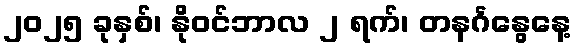
၂၀၂၅ ခုနှစ်၊ နိုဝင်ဘာလ ၂ ရက်၊ တနင်္ဂနွေနေ့